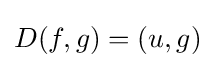
D(f,g)=(u,g)